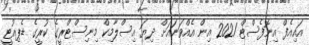
އައިއެފް އިނޮފެސްޓް 2021 އިން އެއްވަނައަށް ދިޔަ އިސްލާމިކް މިނިސްޓްރީގެ ކުރީގެ ޑެޕިއުޓީ